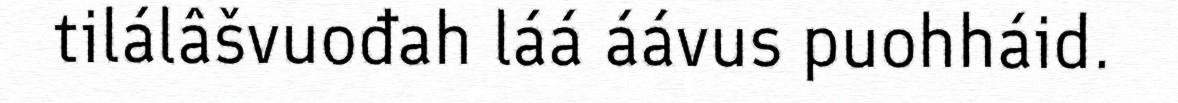
tilálâšvuođah láá áávus puohháid.